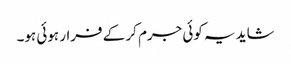
شاید یہ کوئی جرم کر کے فرار ہوئی ہو۔